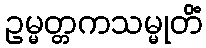
ဥမ္မတ္တကသမ္မုတိံ